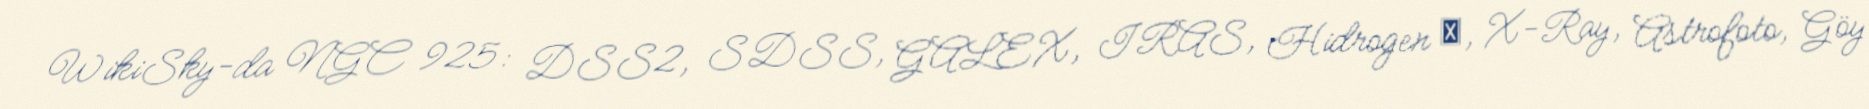
WikiSky-da NGC 925: DSS2, SDSS, GALEX, IRAS, Hidrogen α, X-Ray, Astrofoto, Göy